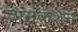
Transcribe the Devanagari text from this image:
असंक्शन